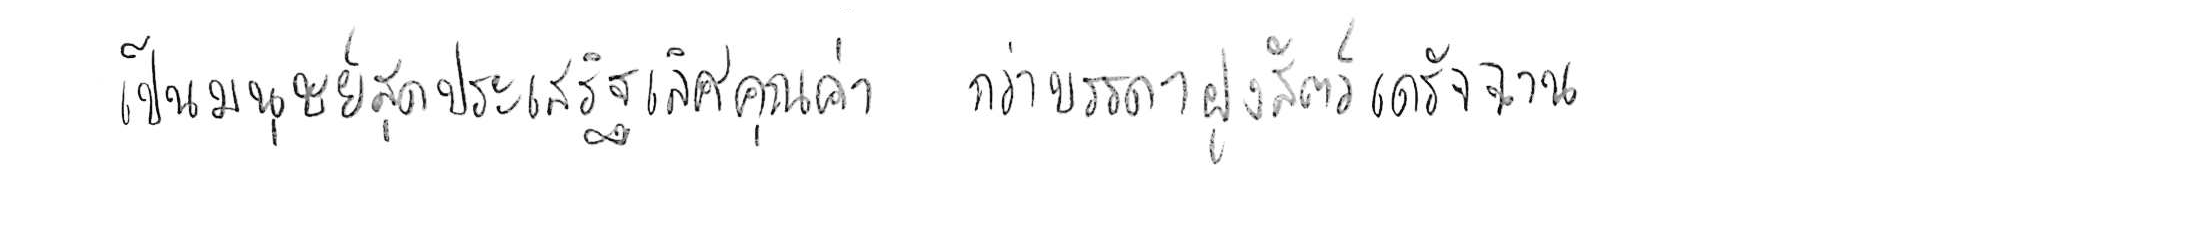
เป็นมนุษย์สุดประเสริฐเลิศคุณค่า กว่าบรรดาฝูงสัตว์เดรัจฉาน